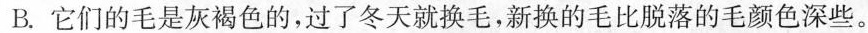
B.它们的毛是灰褐色的，过了冬天就换毛，新换的毛比脱落的毛颜色深些。